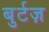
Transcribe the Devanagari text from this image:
बुर्टज़